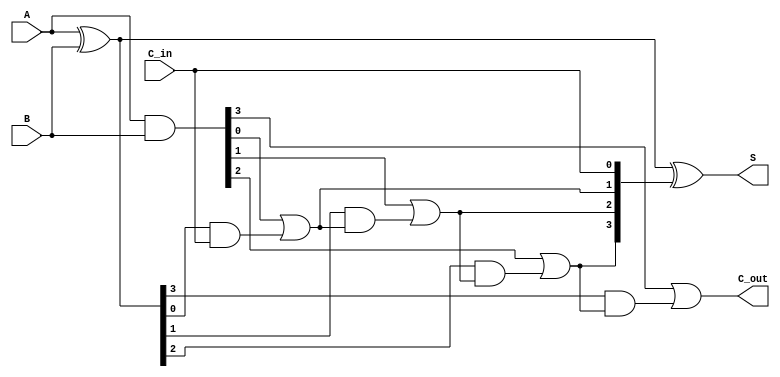
module ling_adder #(parameter n = 4) (
    input  [n-1:0] A,        // n-bit input A
    input  [n-1:0] B,        // n-bit input B
    input         C_in,      // Carry input
    output [n-1:0] S,        // n-bit sum output
    output        C_out       // Carry output
);
    wire [n-1:0] G;          // Generate signals
    wire [n-1:0] P;          // Propagate signals
    wire [n:0] C;            // Carry signals (extra for C_out)

    // Carry generation and propagation logic
    assign G = A & B;
    assign P = A ^ B;

    // Carry lookahead logic
    assign C[0] = C_in;

    genvar i;
    generate
        for (i = 0; i < n; i = i + 1) begin : carry_calc
            assign C[i + 1] = G[i] | (P[i] & C[i]);
        end
    endgenerate

    // Sum calculation
    assign S = P ^ C[n-1:0];

    // Final carry out
    assign C_out = C[n];

endmodule